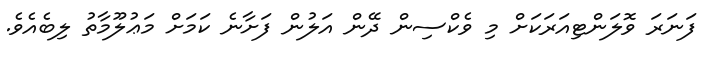
ފަނަރަ ވޮލަންޓިއަރަކަށް މި ވެކްސިން ދޭން އަލުން ފަށާނެ ކަމަށް މަޢުލޫމާތު ލިބެއެވެ.